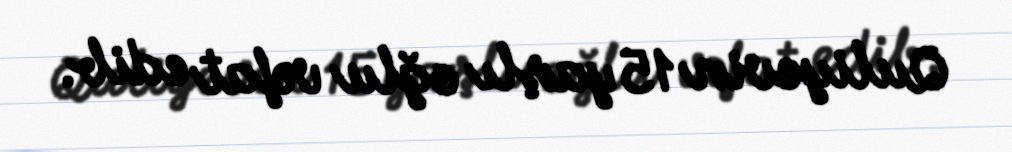
Quliyevin 15 yaşlı oğlu vəfat edib.